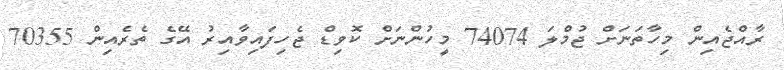
ރާއްޖެއިން މިހާތަނަށް ޖުމްލަ 74074 މީހުންނަށް ކޮވިޑް ޖެހިފައިވާއިރު އޭގެ ތެރެއިން 70355